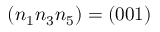
( n _ { 1 } n _ { 3 } n _ { 5 } ) = ( 0 0 1 )